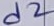
Text: d2